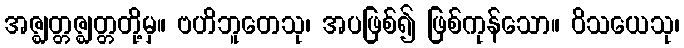
အဇ္ဈတ္တဇ္ဈတ္တတို့မှ။ ဗဟိဘူတေသု၊ အပဖြစ်၍ ဖြစ်ကုန်သော။ ဝိသယေသု၊